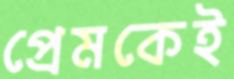
প্রেমকেই